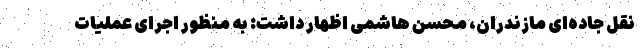
نقل جاده‌ای مازندران، محسن هاشمی اظهار داشت: به منظور اجرای عملیات